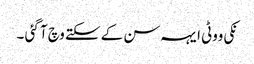
نکی ووٹی ایہہ سن کے سکتے وچ آ گئی ۔